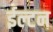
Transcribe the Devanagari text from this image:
ईल्टन